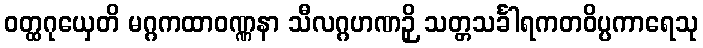
ဝတ္ထဂုယှေတိ မဂ္ဂကထာဝဏ္ဏနာ သီလဂ္ဂဟဏဉှိ သတ္တသင်္ခါရကတဝိပ္ပကာရေသု